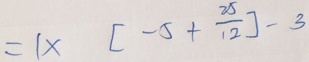
= 1 \times [ - 5 + \frac { 2 5 } { 1 2 } ] - 3